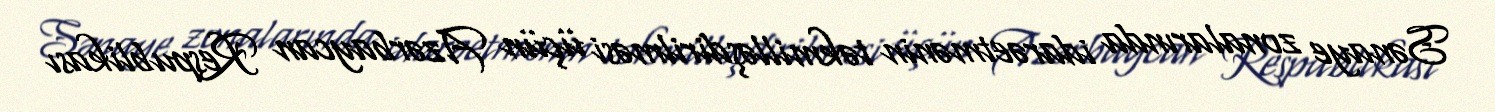
Sənaye zonalarında idarəetmənin təkmilləşdirilməsi üçün Azərbaycan Respublikası